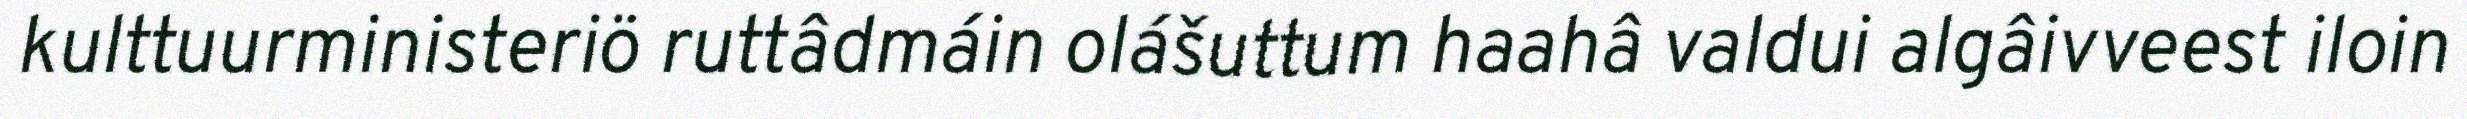
kulttuurministeriö ruttâdmáin olášuttum haahâ valdui algâivveest iloin